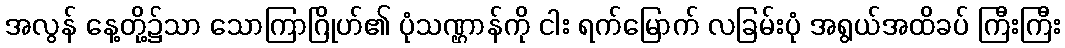
အလွန် နေ့တို့၌သာ သောကြာဂြိုဟ်၏ ပုံသဏ္ဌာန်ကို ငါး ရက်မြောက် လခြမ်းပုံ အရွယ်အထိခပ် ကြီးကြီး